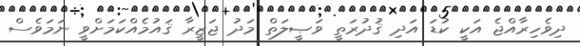
ދިވެހިރާއްޖެ އަކީ ކުޑަ އަދި ޤުދުރަތީ ވަޞީލަތް މަދު ޖަޒީރާ ޤައުމެއްކަމަށްވީ ނަމަވެސް